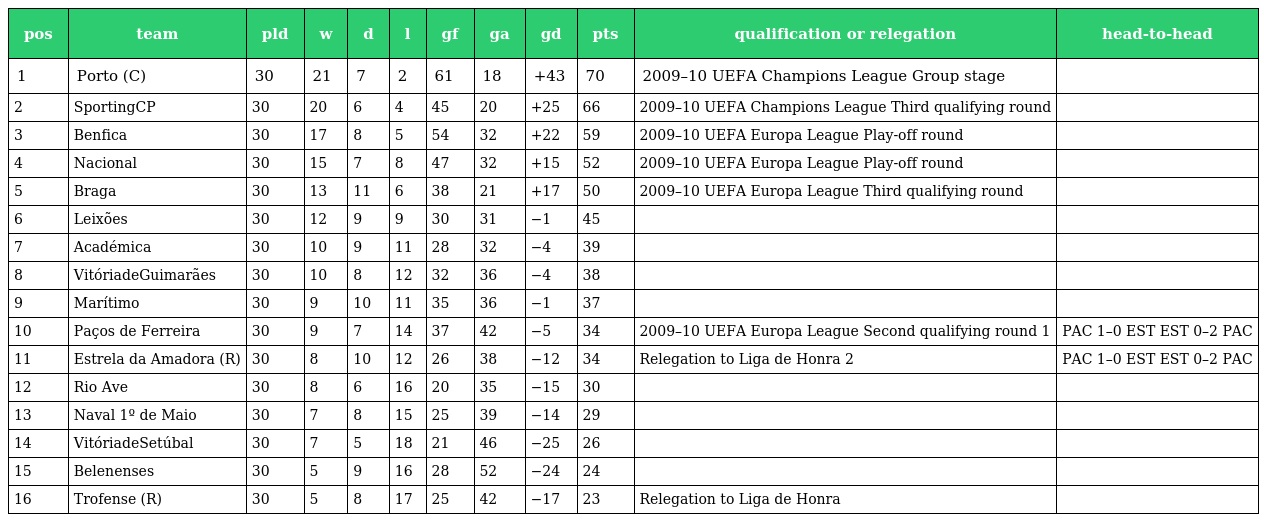
| pos | team | pld | w | d | l | gf | ga | gd | pts | qualification or relegation | head-to-head |
 | --- | --- | --- | --- | --- | --- | --- | --- | --- | --- | --- | --- |
 | 1 | Porto (C) | 30 | 21 | 7 | 2 | 61 | 18 | +43 | 70 | 2009–10 UEFA Champions League Group stage |  |
 | 2 | SportingCP | 30 | 20 | 6 | 4 | 45 | 20 | +25 | 66 | 2009–10 UEFA Champions League Third qualifying round |  |
 | 3 | Benfica | 30 | 17 | 8 | 5 | 54 | 32 | +22 | 59 | 2009–10 UEFA Europa League Play-off round |  |
 | 4 | Nacional | 30 | 15 | 7 | 8 | 47 | 32 | +15 | 52 | 2009–10 UEFA Europa League Play-off round |  |
 | 5 | Braga | 30 | 13 | 11 | 6 | 38 | 21 | +17 | 50 | 2009–10 UEFA Europa League Third qualifying round |  |
 | 6 | Leixões | 30 | 12 | 9 | 9 | 30 | 31 | −1 | 45 |  |  |
 | 7 | Académica | 30 | 10 | 9 | 11 | 28 | 32 | −4 | 39 |  |  |
 | 8 | VitóriadeGuimarães | 30 | 10 | 8 | 12 | 32 | 36 | −4 | 38 |  |  |
 | 9 | Marítimo | 30 | 9 | 10 | 11 | 35 | 36 | −1 | 37 |  |  |
 | 10 | Paços de Ferreira | 30 | 9 | 7 | 14 | 37 | 42 | −5 | 34 | 2009–10 UEFA Europa League Second qualifying round 1 | PAC 1–0 EST EST 0–2 PAC |
 | 11 | Estrela da Amadora (R) | 30 | 8 | 10 | 12 | 26 | 38 | −12 | 34 | Relegation to Liga de Honra 2 | PAC 1–0 EST EST 0–2 PAC |
 | 12 | Rio Ave | 30 | 8 | 6 | 16 | 20 | 35 | −15 | 30 |  |  |
 | 13 | Naval 1º de Maio | 30 | 7 | 8 | 15 | 25 | 39 | −14 | 29 |  |  |
 | 14 | VitóriadeSetúbal | 30 | 7 | 5 | 18 | 21 | 46 | −25 | 26 |  |  |
 | 15 | Belenenses | 30 | 5 | 9 | 16 | 28 | 52 | −24 | 24 |  |  |
 | 16 | Trofense (R) | 30 | 5 | 8 | 17 | 25 | 42 | −17 | 23 | Relegation to Liga de Honra |  |